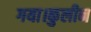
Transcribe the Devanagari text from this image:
गया।कुलीन